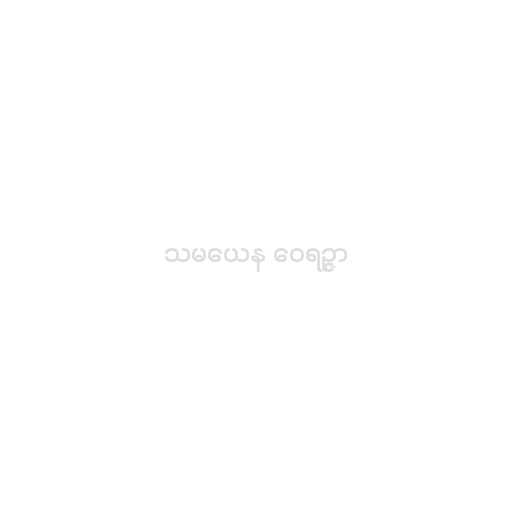
သမယေန ဝေရဉ္ဇာ